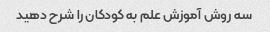
سه روش آموزش علم به کودکان را شرح دهید